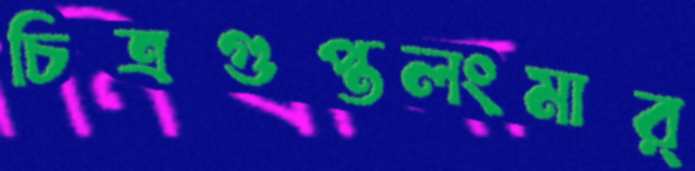
চিত্রগুপ্তলংমার্